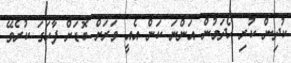
ކުދިން ކުރި ހޯދަމުން އަންނަ ކަން އެއީ ވަރަށް ބޮޑަށް ފާހަގަ ކުރެވޭ